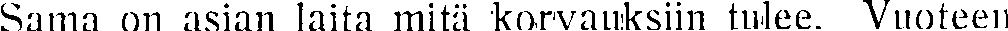
Sama on asian laita mitä korvauksiin tulee. Vuoteen